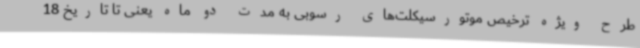
طرح ویژه ترخیص موتورسیکلت‌های رسوبی به مدت دو ماه یعنی تا تاریخ 18